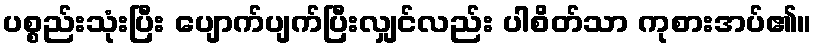
ပစ္စည်းသုံးပြီး ပျောက်ပျက်ပြီးလျှင်လည်း ပါစိတ်သာ ကုစားအပ်၏။